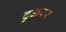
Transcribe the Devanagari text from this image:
टुअरर